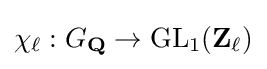
\chi _{\ell }:G_{\mathbf {Q} }\rightarrow \operatorname {GL} _{1}(\mathbf {Z} _{\ell })